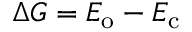
\Delta G = E _ { \mathrm { o } } - E _ { \mathrm { c } }